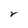
Character: r